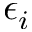
\epsilon _ { i }